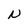
Character: N